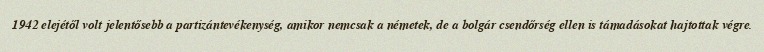
1942 elejétől volt jelentősebb a partizántevékenység, amikor nemcsak a németek, de a bolgár csendőrség ellen is támadásokat hajtottak végre.